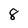
Character: 8